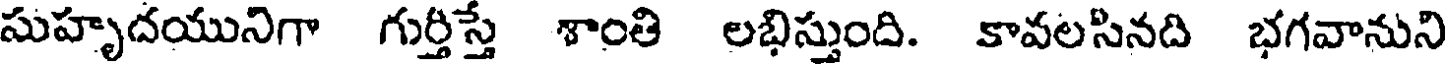
సుహృదయునిగా గుర్తిస్తే శాంతి లభిస్తుంది. కావలసినది భగవానుని